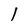
Character: 1